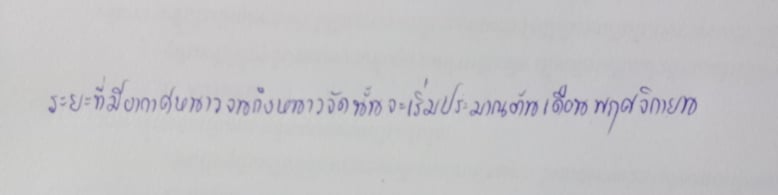
ระยะที่มีอากาศหนาวจนถึงหนาวจัดนั้นจะเริ่มประมาณต้นเดือนพฤศจิกายน